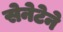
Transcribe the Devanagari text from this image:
सेनेटेने